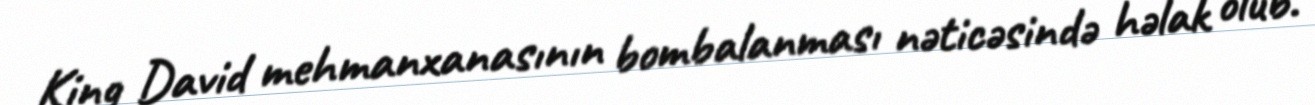
King David mehmanxanasının bombalanması nəticəsində həlak olub.